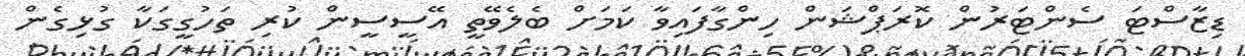
ޑިޒާސްޓަ ސެންޓަރުން ކޮރަޕްޝަން ހިންގާފައިވާ ކަމަށް ބެލެވޭތީ އޭސީސީން ކުރި ތަހުގީގަކާ ގުޅިގެން